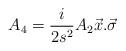
LaTeX: \begin{align*}A_4 =\frac{i}{2s^2} A_2 \vec x .\vec \sigma\end{align*}